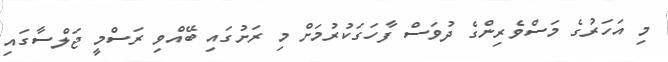
މި އަހަރުގެ މަސްވެރިންގެ ދުވަސް ފާހަގަކުރުމަށް މި ރަށުގައި ބޭއްވި ރަސްމީ ޖަލްސާގައި